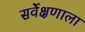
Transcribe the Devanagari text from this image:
सर्वेक्षणाला